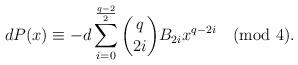
LaTeX: \begin{align*}dP(x)\equiv-d\sum\limits_{i=0}^{\frac{q-2}{2}}\binom {q} {2i}B_{2i}x^{q-2i}\pmod{4}.\end{align*}